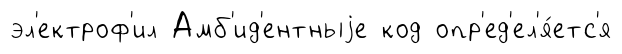
эл'ектроф'ил Амб'ид'ентныjе код опр'ед'ел'я́етс'я